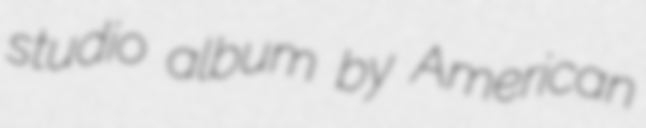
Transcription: studio album by American